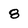
Character: 8